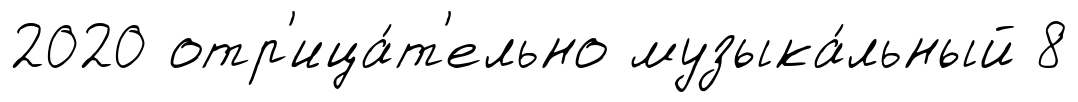
2020 отр'ица́т'ельно музыка́льный 8